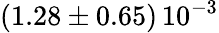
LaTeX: \left(1.28\pm 0.65\right)\, 10^{-3}